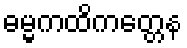
ဓမ္မကထိကတ္တေန